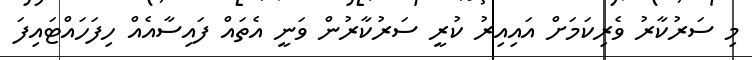
މި ސަރުކާރު ވެރިކަމަށް އައިއިރު ކުރީ ސަރުކާރުން ވަނީ އެތައް ފައިސާއެއް ހިފަހައްޓައިފަ